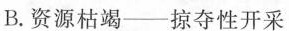
B.资源枯竭——掠夺性开采